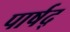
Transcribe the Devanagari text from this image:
पार्षद्